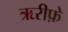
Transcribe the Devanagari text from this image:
ऋरीफ़े